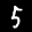
Digit: 5